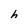
Character: h